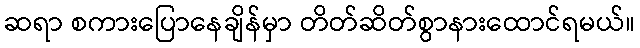
ဆရာ စကားပြောနေချိန်မှာ တိတ်ဆိတ်စွာနားထောင်ရမယ်။